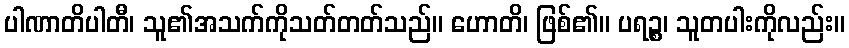
ပါဏာတိပါတီ၊ သူ၏အသက်ကိုသတ်တတ်သည်။ ဟောတိ၊ ဖြစ်၏။ ပရဉ္စ၊ သူတပါးကိုလည်း။